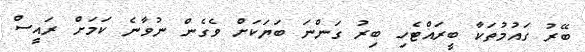
ބޭރު ގައުމުތަކާ ބީރައްޓެހި ބިރު ގަންނަ ބަޔަކަށް ވެގެން ނުވާނެ ކަމަށް ރައީސް